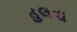
હલવા